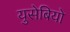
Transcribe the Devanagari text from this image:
युसेबियो